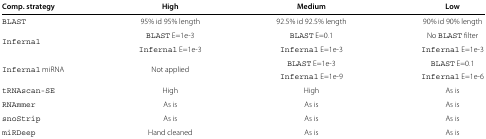
<table><thead><tr><td><b>Comp. strategy</b></td><td><b>High</b></td><td><b>Medium</b></td><td><b>Low</b></td></tr></thead><tbody><tr><td>BLAST</td><td>95% id 95% length</td><td>92.5% id 92.5% length</td><td>90% id 90% length</td></tr><tr><td>Infernal</td><td>BLAST E=1e-3</td><td>BLAST E=0.1</td><td>No BLAST filter</td></tr><tr><td></td><td>Infernal E=1e-3</td><td>Infernal E=1e-3</td><td>Infernal E=1e-3</td></tr><tr><td>Infernal miRNA</td><td>Not applied</td><td>BLAST E=1e-3</td><td>BLAST E=0.1</td></tr><tr><td></td><td></td><td>Infernal E=1e-9</td><td>Infernal E=1e-6</td></tr><tr><td>tRNAscan-SE</td><td>High</td><td>High</td><td>As is</td></tr><tr><td>RNAmmer</td><td>As is</td><td>As is</td><td>As is</td></tr><tr><td>snoStrip</td><td>As is</td><td>As is</td><td>As is</td></tr><tr><td>miRDeep</td><td>Hand cleaned</td><td>As is</td><td>As is</td></tr></tbody></table>